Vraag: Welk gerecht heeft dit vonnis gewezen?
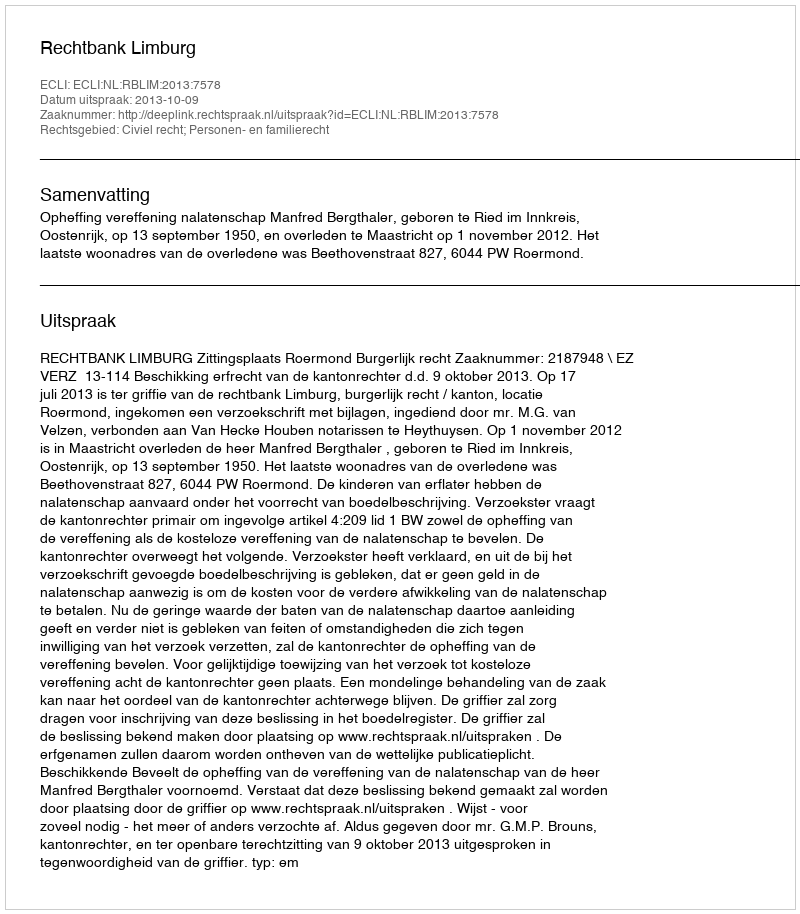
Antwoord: Rechtbank Limburg